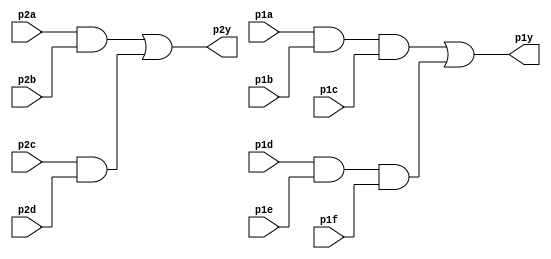
`timescale 1ns / 1ps
//////////////////////////////////////////////////////////////////////////////////
// Company: 
// Engineer: 
// 
// Design Name: 
// Module Name: 7458Chip
// Project Name: 
// Target Devices: 
// Tool Versions: 
// Description: 
// 
// Dependencies: 
// 
// Revision:
// Revision 0.01 - File Created
// Additional Comments:
// 
//////////////////////////////////////////////////////////////////////////////////


module Chip7458( 
    input p1a, p1b, p1c, p1d, p1e, p1f,
    output p1y,
    input p2a, p2b, p2c, p2d,
    output p2y );

	assign p2y=(p2a&p2b)|(p2c&p2d);
	assign p1y=(p1a&p1b&p1c)|(p1d&p1e&p1f);

endmodule